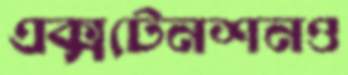
এক্সটেনশনও